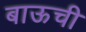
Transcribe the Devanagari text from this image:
बाऊची